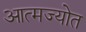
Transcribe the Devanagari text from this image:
आत्मज्योत